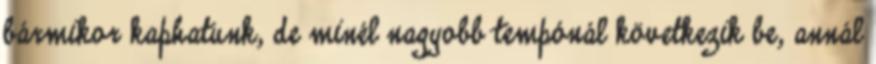
bármikor kaphatunk, de minél nagyobb tempónál következik be, annál